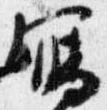
写